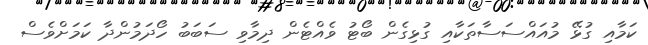
ކަމާއި ގުޅޭ މުއައްސަސާތަކާއި ގުޅިގެން ބޯޓު ވެއްޓެން ދިމާވި ސަބަބު ހޯދަމުންދާ ކަމަށްވެސް